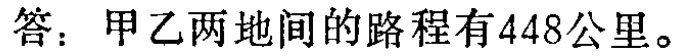
答：甲乙两地间的路程有448公里。